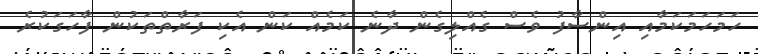
ހަމަހަމަކަމާއި އިންސާފު ވެސް ގެއްލިގެން ދާނެ ކަމެއް ކަން އެކި ފަރާތްތަކުން ފާހަގަކުރެ